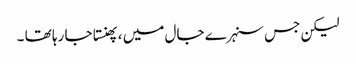
لیکن جس سنہرے جال میں ، پھنستا جا رہا تھا ۔